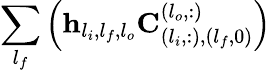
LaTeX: \sum_{l_{f}}\left(\mathbf{h}_{l_{i},l_{f},l_{o}}\mathbf{C}_{(l_{i},:),(l_{f},0)}^{(l_{o},:)}\right)